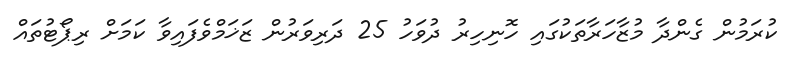
ކުރަމުން ގެންދާ މުޒާހަރާތަކުގައި ހޮނިހިރު ދުވަހު 25 ދަރިވަރުން ޒަޚަމްވެފައިވާ ކަމަށް ރިޕޯޓުތައް